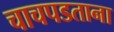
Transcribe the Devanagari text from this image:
चाचपडताना